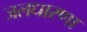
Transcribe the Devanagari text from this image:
जलधारणा